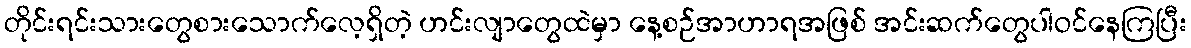
တိုင်းရင်းသားတွေစားသောက်လေ့ရှိတဲ့ ဟင်းလျာတွေထဲမှာ နေ့စဉ်အာဟာရအဖြစ် အင်းဆက်တွေပါဝင်နေကြပြီး